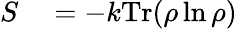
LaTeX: \begin{array}{rl}{S}&{{}=-k\textrm{Tr}(\rho\ln\rho)}\end{array}